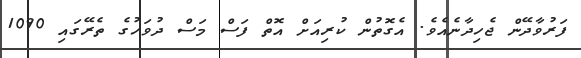
ފަރުވާދޭން ޖެހިދާނެއެވެ. އެގޮތުން ކުރިއަށް އޮތް ފަސް މަސް ދުވަހުގެ ތެރޭގައި 1090